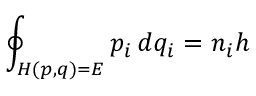
\oint _ { H ( p , q ) = E } p _ { i } \, d q _ { i } = n _ { i } h